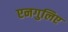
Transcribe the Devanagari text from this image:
एनगुलिए